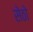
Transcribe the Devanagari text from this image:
सेठो